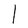
Character: l